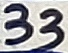
Text: 33